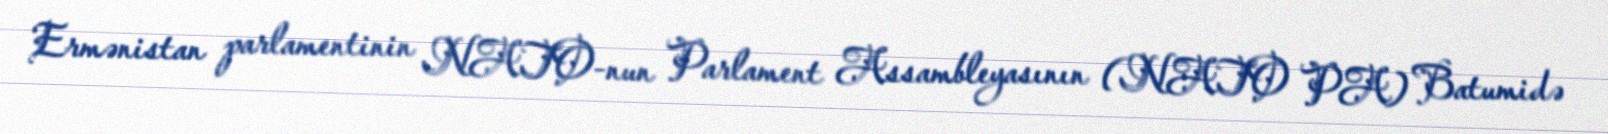
Ermənistan parlamentinin NATO-nun Parlament Assambleyasının (NATO PA) Batumidə